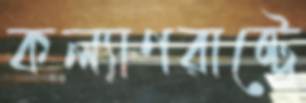
কল্যাণরাষ্ট্রে